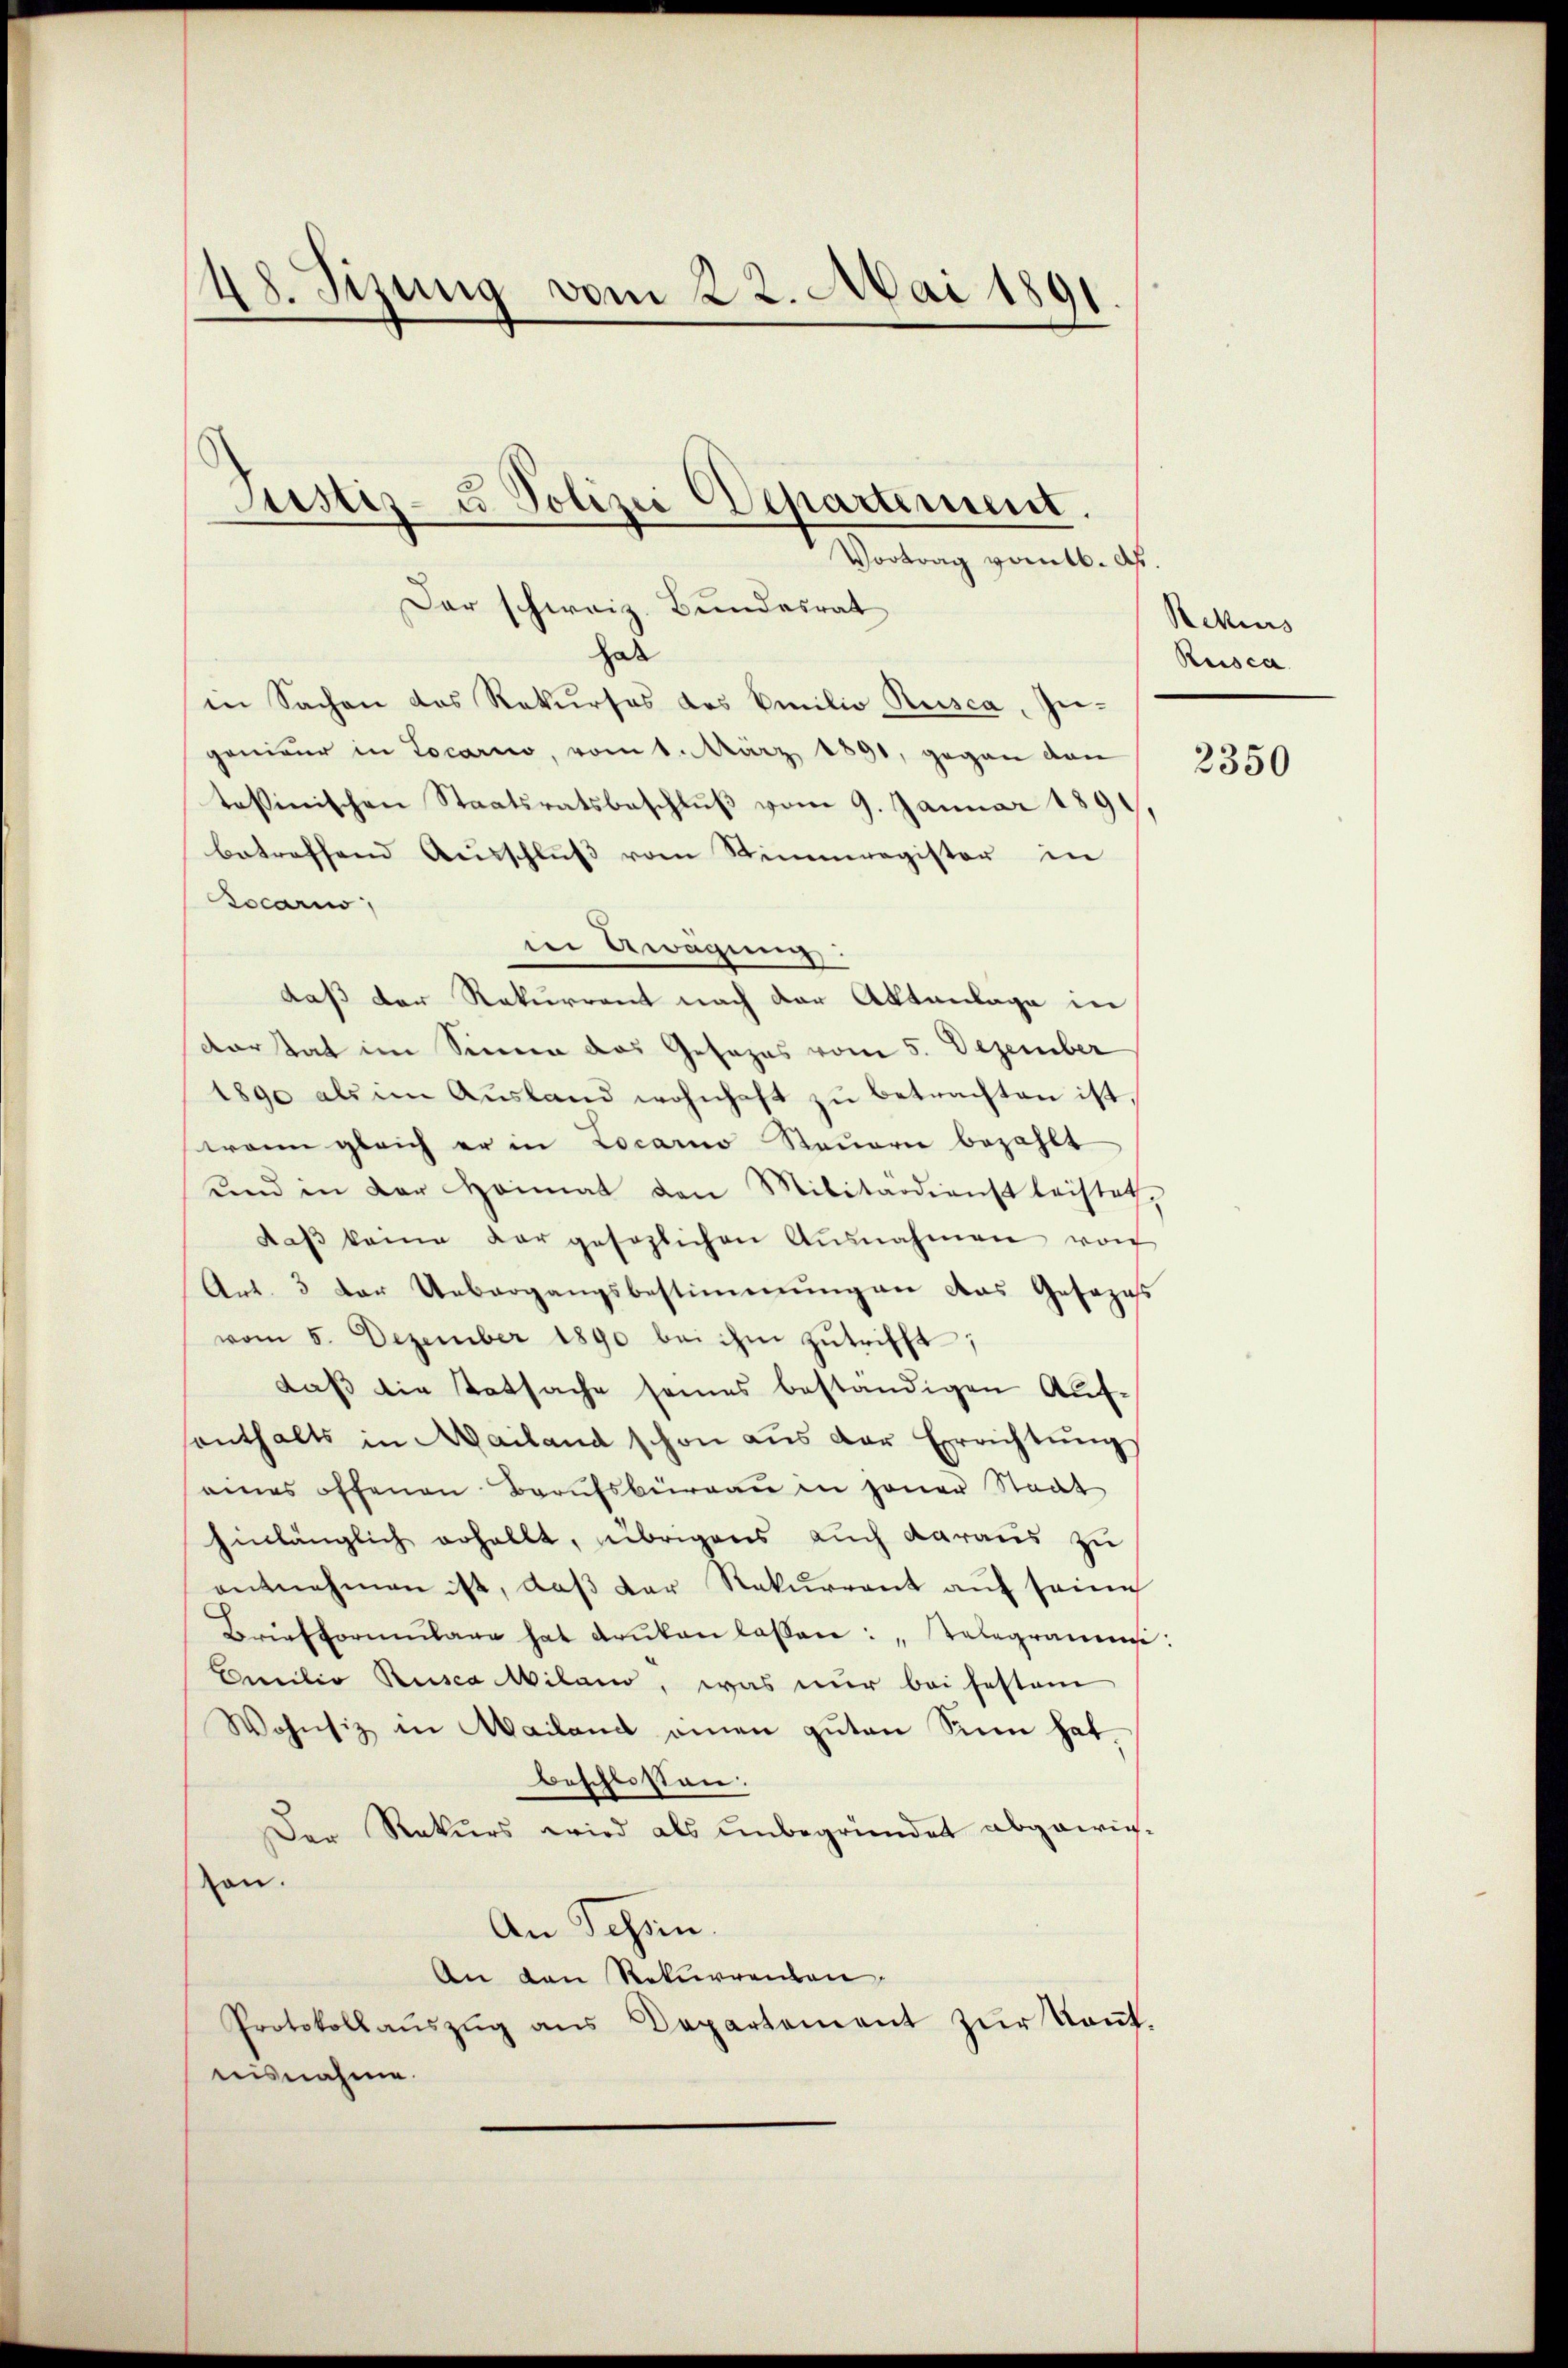
48. Jizung vom 22. Mai 1891

hab
in Sachen das Rekurses des Emilio Rusca, Ingenieŭr in Locarno, vom 1. März 1891, gegen den / 3350
tessinischen Staatsratsbeschlŭβ vom 9. Januar 189
betreffend Ausschlŭβ vom Stimmregister in
Locario
in Gewägung:
daß der Rekurrent nach der Aktenlage in
dortat im Sinnen das Gesezes vom 5. Dezember
1890 als im Ausland wohnhaft zu betrachten ist,
wann gleich er in Locarno Steuern bezahlt
und in der Heimat den Militardienst leistet,
daβ keine dargesezlichen Ausnahmen von
Art. 3 der Uebergangsbestimmungen das Gesozeβ
vom 5. Dezember 1890 bei ihm zutrifft;
daß die Tatsache seines beständigen Auf-
senthalts in Mailand schon aŭs der Errichtŭng
eines offenen Berufsbüreau in jener Staat
hinlänglich erhellt, übrigens auch daraus zu
entnehmen ist, daß der Rekurrent auf seine
Briefformŭlare hat drŭkan lassen: „Telegramms:
Emilio Rusca Milano, was nur bei festam
Wohnsiz in Mailand einen gŭten Sinn hat
beschlossen:
Der Rekurs wird als unbegründet abgewie-
von.
An Tessin.
An den Rekurrenten
Protokollaŭszŭg ans Departement zŭr Kant.
nisnahme.

Justiz- u Polizei Departement.
Vortrag vom 16. d.
Der schweiz. Bundesrat

Rekurs
Ruisca